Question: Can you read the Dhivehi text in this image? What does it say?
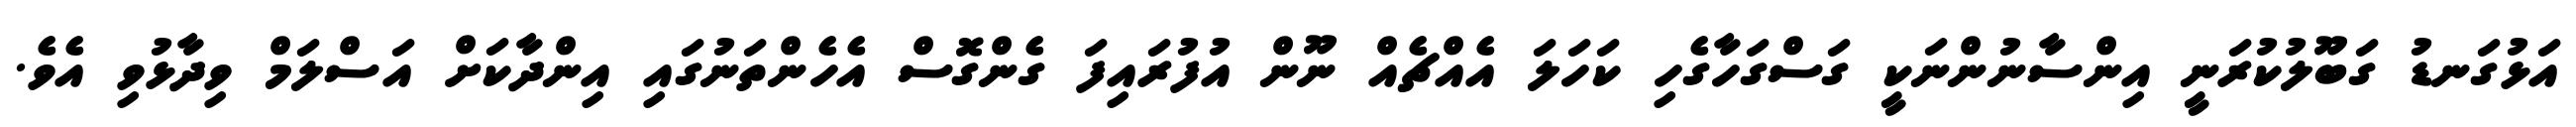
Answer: އަޅުގަނޑު ގަބޫލުކުރަނީ އިންސާނުންނަކީ ގަސްގަހާގެހި ކަހަލަ އެއްޗެއް ނޫން އުފުރައިފަ ގެންގޮސް އެހެންތަނުގައި އިންދާކަށް އަސްލަމް ވިދާޅުވި އެވެ.